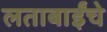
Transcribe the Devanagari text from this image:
लताबाईंचे